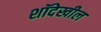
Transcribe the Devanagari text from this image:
शॉदेखील